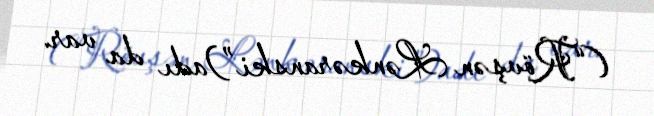
(“Rövşən Lənkəranski”)adı da var.